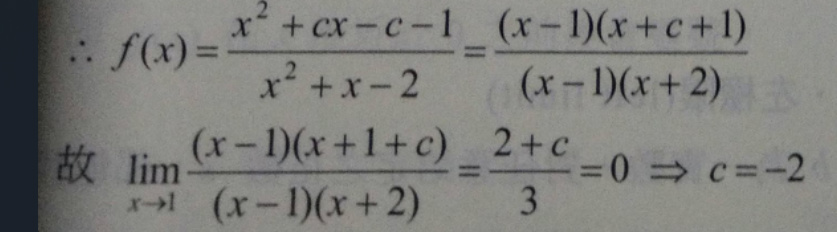
\(\therefore f(x)&=\frac{x^{2}+cx - c - 1}{x^{2}+x - 2}=\frac{(x - 1)(x + c + 1)}{(x - 1)(x + 2)}\)\\
故\( \lim_{x\rightarrow1}\frac{(x - 1)(x + 1 + c)}{(x - 1)(x + 2)}&=\frac{2 + c}{3}=0\Rightarrow c=-2\)